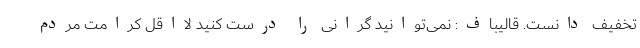
تخفیف دانست. قالیباف: نمی‌توانید گرانی را درست کنید لااقل کرامت مردم